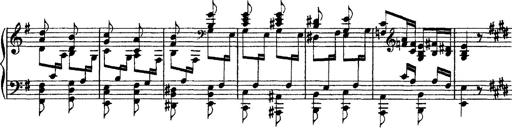
Title: Grandes Ã©tudes de Paganini
Composer: Franz Liszt